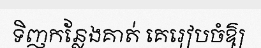
ទិញកន្លែងគាត់ គេរៀបចំឱ្យ